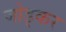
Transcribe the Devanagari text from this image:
जोड्कर